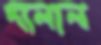
দালাল